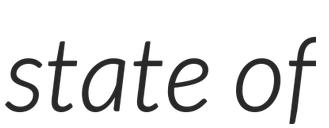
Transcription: state of